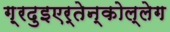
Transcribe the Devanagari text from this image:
ग़्रदुइएर्तेन्कोल्लेग